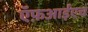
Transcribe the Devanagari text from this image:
ऍफ़आईएच